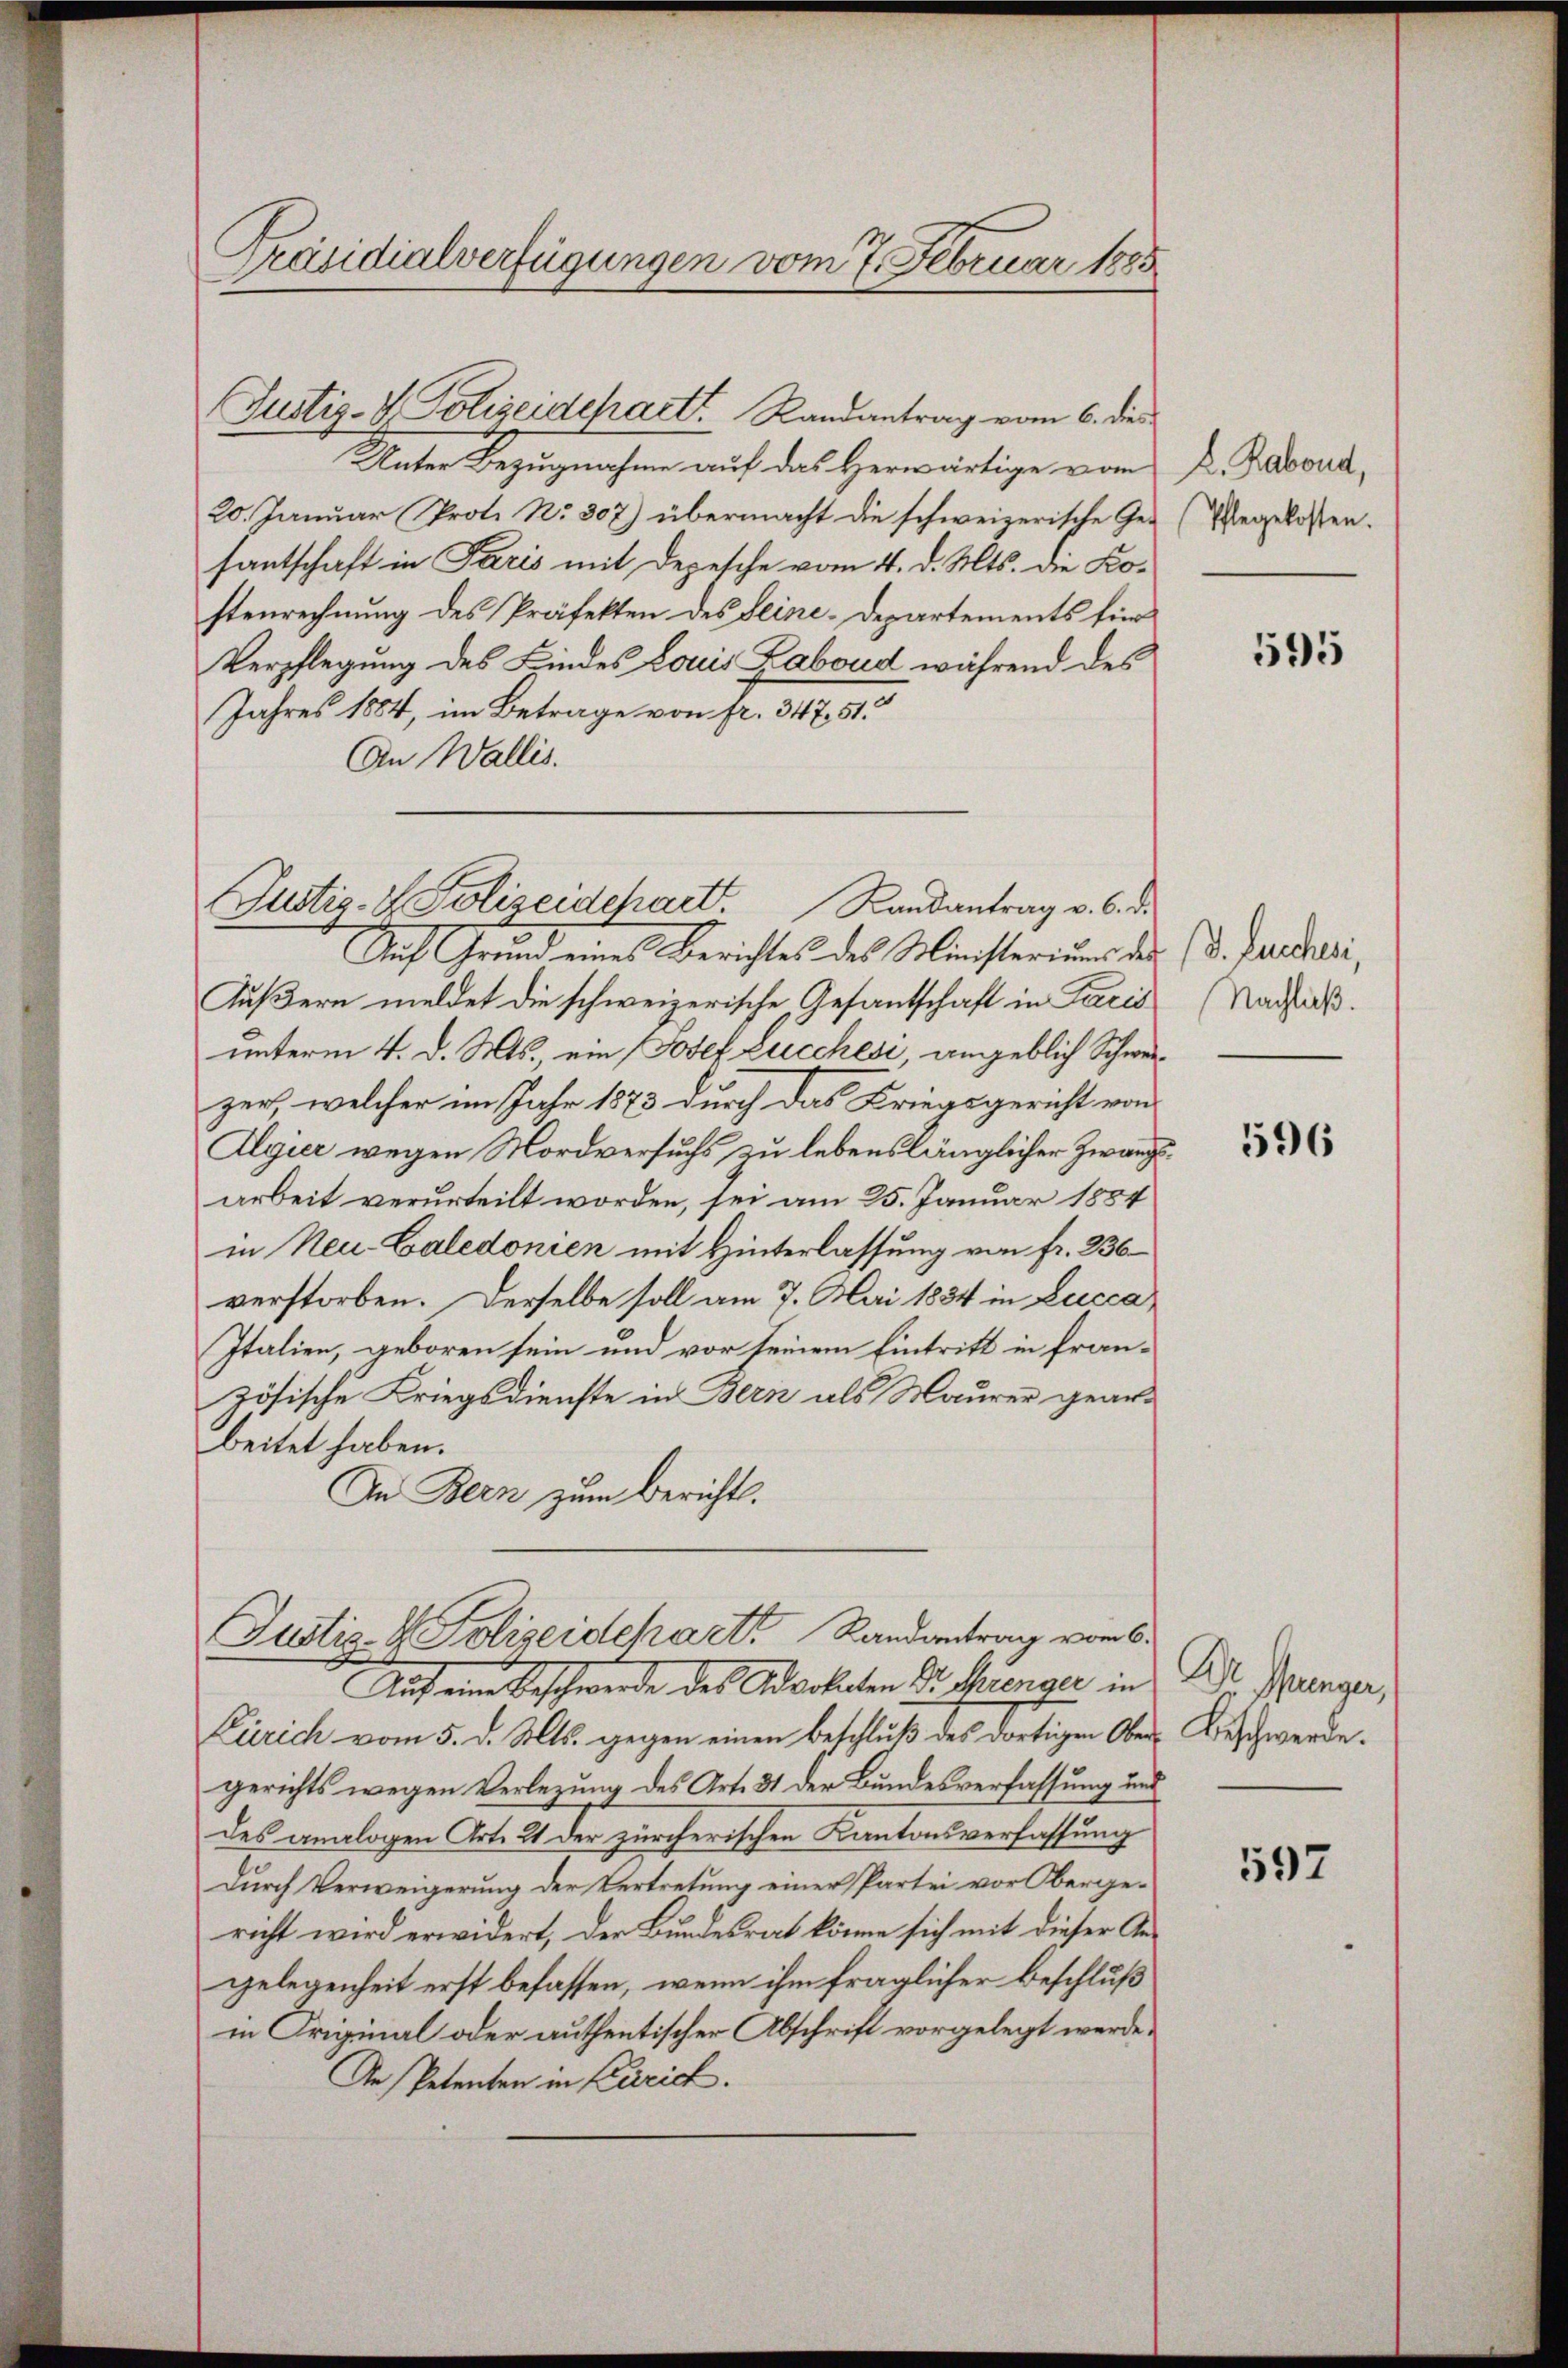
Präsidialverfügungen vom 7. Februar 1885

Unter Bezugnahme auf das Herwärtige vom 2. Davona,
20. Januar Prot. No. 307) übermacht die schweizerische Gefantschaft in Paris mit Depesche vom 4. d. Mts. die Kostenrechnung des Präfekten des Seine-Departements für
Verpflegung des Kindes Louis Laboud während des
Jahres 1884, im Betrage von fr. 347. 51
An Wallis.
Auch Grund eines Berichtes des Ministeriums der
Äußern meldet die schweizerische Gesantschaft in Paris
unterm 4. d. Mts., ein Josef Lucchesi, angeblich Schwerzer, welcher im Jahr 1873 durch das Kriegsgericht von
Algier wegen Mordversuchs zu lebenslänglicher Zwangsarbeit verurteilt worden, sei am 25. Januar 1884
in Neu-Caledonien mit Hinterlassung von fr. 236
verstorben. Derselbe soll am 7. Mai 1834 in Lucca
Italien, geboren sein und vor seinem Eintritt in französische Kriegsdienste in Bern als Maurer gearbeitet haben.
In Bern zum Berichts.
Justiz- & Polizeidehaett Randantrag vom 6.
Auf eine Beschwerde des Advokaten Dr. Menger in
Zürich vom 5. d. Mts. gegen einen beschlŭβ des dortigen Ober-Beschwerde.
gerichts wegen Verlegung des Art. 31 der Bundesverfassung und
des analogen Art. 21 der zürcherischen Kantonsverfassung
Durch Verweigerung der Vertretung einer Partei vor Obergericht wird erwidert, der Bundesrat könne sich mit dieser Angelegenheit erst befassen, wenn ihm fraglicher Beschluß
in Original oder authentischer Abschrift vorgelegt werde,
An Petenten in Zürich.

Justiz- & Polizeidchart Randantrag vom 6. dies

Justiz- & Polizeidchart. Randantrag v. 6. d.

Pflegekosten.

595

(d. Luncheri,
Nachließ.

596

Dr. Junger,

597